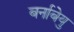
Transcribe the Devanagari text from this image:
बर्नाबेयु